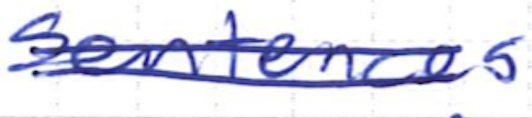
Text: sentences
Cross-out: double-line
Writing tool: ballpoint